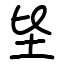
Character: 坒